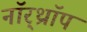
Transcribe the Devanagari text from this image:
नॉर्‌थ्रॉप